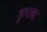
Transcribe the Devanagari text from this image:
कुपन